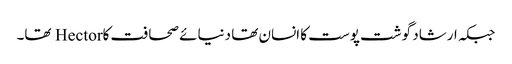
جبکہ ارشاد گوشت پوست کا انسان تھا دنیائے صحافت کاHector تھا۔